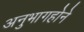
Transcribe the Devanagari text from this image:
अनुभागहोने